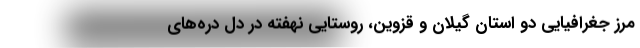
مرز جغرافیایی دو استان گیلان و قزوین، روستایی نهفته در دل دره‌های